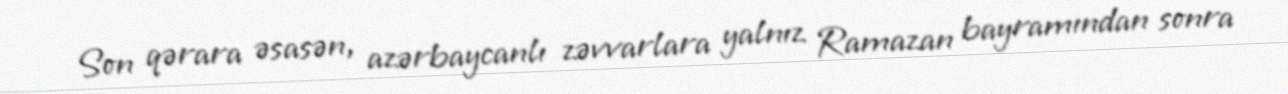
Son qərara əsasən, azərbaycanlı zəvvarlara yalnız Ramazan bayramından sonra